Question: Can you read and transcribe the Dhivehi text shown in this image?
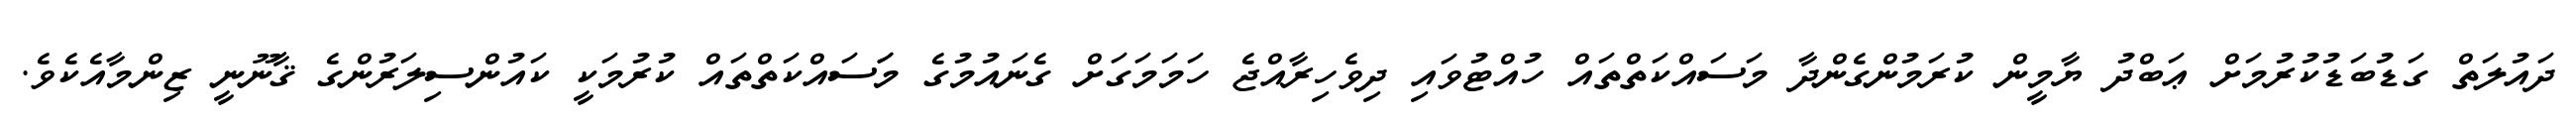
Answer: ދައުލަތް ގަޑުބަޑުކުރުމަށް ޢަބްދު ޔާމީން ކުރަމުންގެންދާ މަސައްކަތްތައް ހުއްޓުވައި ދިވެހިރާއްޖެ ހަމަމަގަށް ގެނައުމުގެ މަަސައްކަތްތައް ކުރުމަކީ ކައުންސިލަރުންގެ ޤާނޫނީ ޒިންމާއެކެވެ.